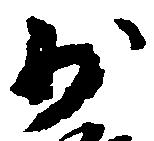
少